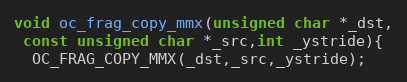
Language: C
void oc_frag_copy_mmx(unsigned char *_dst,
 const unsigned char *_src,int _ystride){
  OC_FRAG_COPY_MMX(_dst,_src,_ystride);